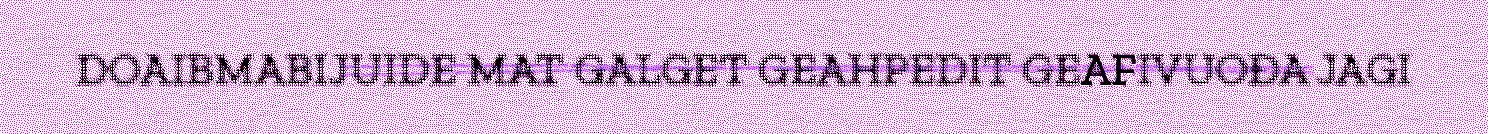
DOAIBMABIJUIDE MAT GALGET GEAHPEDIT GEAFIVUOĐA JAGI